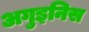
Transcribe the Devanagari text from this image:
अगुइनिस